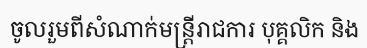
ចូលរួមពីសំណាក់មន្ត្រីរាជការ បុគ្គលិក និង